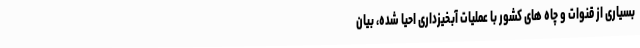
بسیاری از قنوات و چاه های کشور با عملیات آبخیزداری احیا شده، بیان